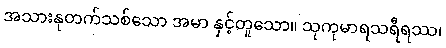
အသားနုတက်သစ်သော အမာ နှင့်တူသော။ သုကုမာရသရီရဿ၊